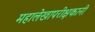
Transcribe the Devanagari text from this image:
महालेखापरीक्षकानी